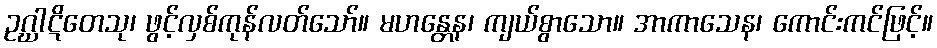
ဥဂ္ဃာဋိတေသု၊ ဖွင့်လှစ်ကုန်လတ်သော်။ မဟန္တေန၊ ကျယ်စွာသော။ အာကာသေန၊ ကောင်းကင်ဖြင့်။